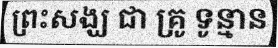
ព្រះសង្ឃ ជា គ្រូ ទូន្មាន